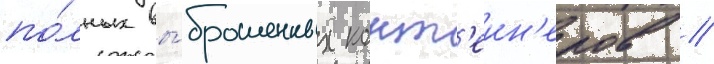
по́лных вы́брошенных конт'еин'еров //